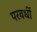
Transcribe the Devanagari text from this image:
परवर्धी